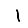
Digit: 1